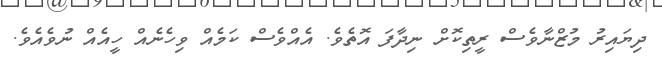
ދިޔައިރު މުޒްނާވެސް ރީތިކޮށް ނިދާފަ އޮތެވެ. އެއްވެސް ކަމެއް ވިހެނެއް ހީއެއް ނުވެއެވެ.